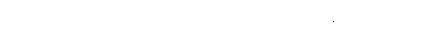
ကျွန်တော်လည်း ဟိုကို သွားမှာ ကျွန်တော်နဲ့ လိုက်ခဲ့လေ။